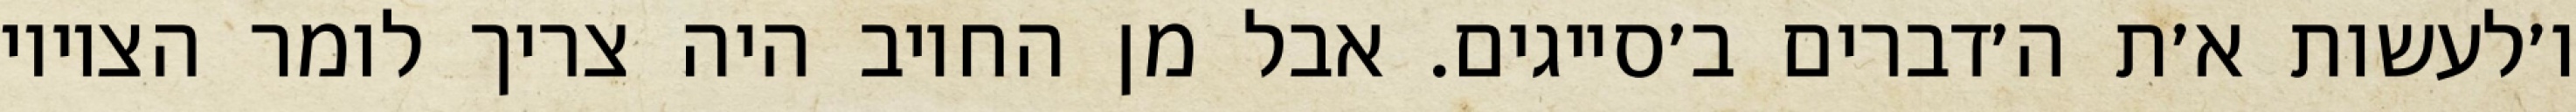
ו׳לעשות א׳ת ה׳דברים ב׳סייגים. אבל מן החיוב היה צריך לומר הציווי